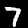
Label: 7